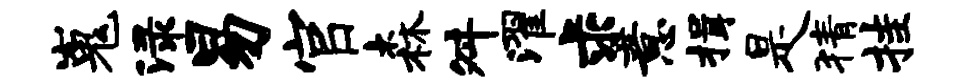
嵬渌易官森舛濯求意揖是猜挂